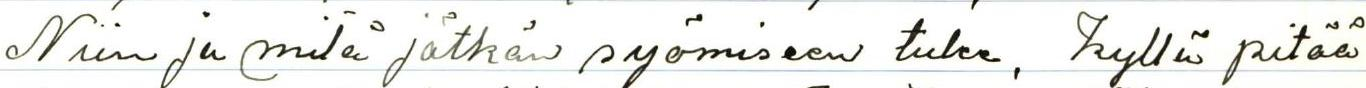
Niin ja mitä jätkän syömiseen tulee, kyllä pitää